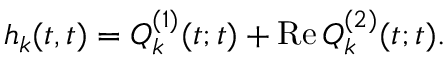
h _ { k } ( t , t ) = Q _ { k } ^ { ( 1 ) } ( t ; t ) + \mathrm { R e } \, Q _ { k } ^ { ( 2 ) } ( t ; t ) .